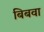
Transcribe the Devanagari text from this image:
बिबवा